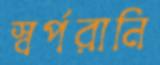
স্বর্পরানি